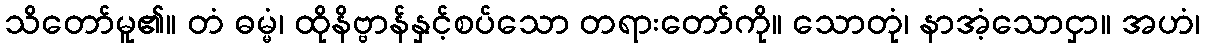
သိတော်မူ၏။ တံ ဓမ္မံ၊ ထိုနိဗ္ဗာန်နှင့်စပ်သော တရားတော်ကို။ သောတုံ၊ နာအံ့သောငှာ။ အဟံ၊